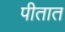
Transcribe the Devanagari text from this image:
पीतात